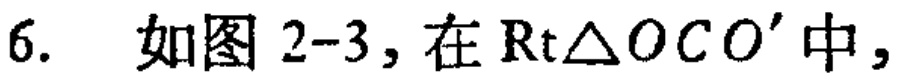
6. 如图2-3，在$\mathrm{Rt}\triangle OCO'$中，